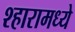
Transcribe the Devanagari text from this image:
श्हारामध्ये